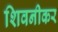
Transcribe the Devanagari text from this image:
शिवनीकर